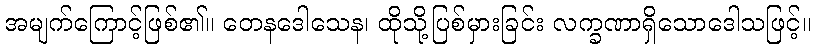
အမျက်ကြောင့်ဖြစ်၏။ တေနဒေါသေန၊ ထိုသို့ပြစ်မှားခြင်း လက္ခဏာရှိသောဒေါသဖြင့်။